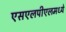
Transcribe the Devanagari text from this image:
एसएलपीएलमध्ये